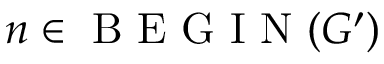
n \in \mathrm { ~ B ~ E ~ G ~ I ~ N ~ } ( G ^ { \prime } )